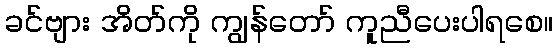
ခင်ဗျား အိတ်ကို ကျွန်တော် ကူညီပေးပါရစေ။